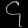
Digit: ၄